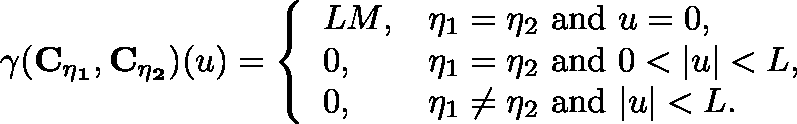
\gamma ( \mathbf { C _ { \eta _ { 1 } } } , \mathbf { C _ { \eta _ { 2 } } } ) ( u ) = \left\{ \begin{array} { l l } { { L M } , } & { \eta _ { 1 } = \eta _ { 2 } \ \mathrm { a n d } \ u = 0 , } \\ { 0 , } & { \eta _ { 1 } = \eta _ { 2 } \ \mathrm { a n d } \ 0 < | u | < L , } \\ { 0 , } & { \eta _ { 1 } \neq \eta _ { 2 } \ \mathrm { a n d } \ | u | < L . } \end{array} \right.